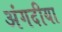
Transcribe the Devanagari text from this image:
अंगदीया